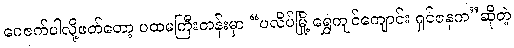
ဂေဇက်ပါလို့ဖတ်တော့ ပထမကြီးတန်းမှာ “ပလိပ်မြို့ ရွှေကျင်ကျောင်း ရှင်ဇနက”ဆိုတဲ့